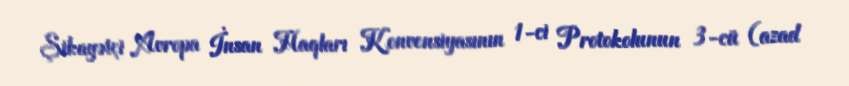
Şikayətçi Avropa İnsan Haqları Konvensiyasının 1-ci Protokolunun 3-cü (azad